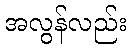
အလွန်လည်း